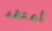
أعتقد